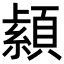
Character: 𦅐